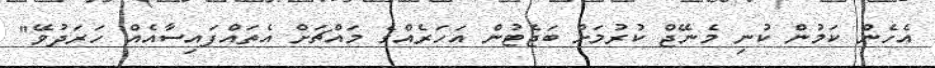
އެހެން ކަމުން ކުނި މެނޭޖް ކުރުމަށް ބަޖެޓުން އަހަރެއްގެ މައްޗަށް އެތައްފައިސާއެއް ހަރަދުވޭ"